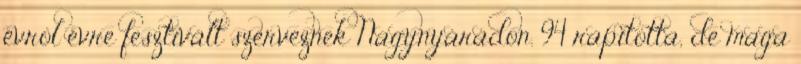
évrôl évre fesztivált szerveznek Nagynyárádon. 94 rapította, de maga